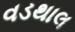
વડથાલ